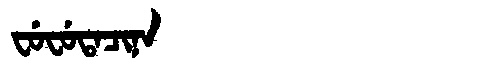
Manchu: ᠸᡠᠸᡠᡨᠠᠴᡳᠨᠠ
Romanization: FUFUTACINA